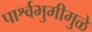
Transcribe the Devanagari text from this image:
पार्श्वभुमीमुळे